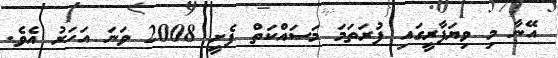
އޭނާ މި ވިޔަފާރީގައި ފުރަތަމަ މަސައްކަތް ފެށީ 2008 ވަނަ އަހަރު އެވެ.